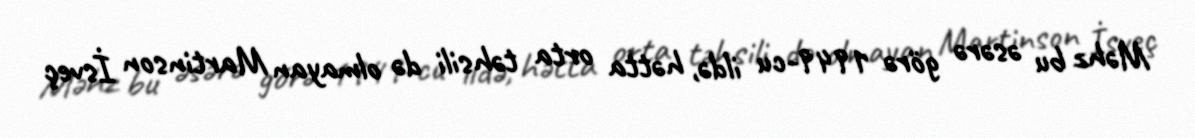
Məhz bu əsərə görə 1949-cu ildə, hətta orta təhsili də olmayan Martinson İsveç